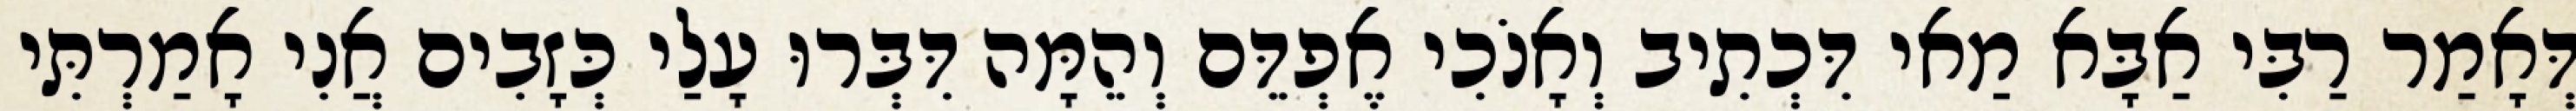
דְּאָמַר רַבִּי אַבָּא מַאי דִּכְתִיב וְאָנֹכִי אֶפְדֵּם וְהֵמָּה דִּבְּרוּ עָלַי כְּזָבִים אֲנִי אָמַרְתִּי